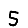
Digit: 5